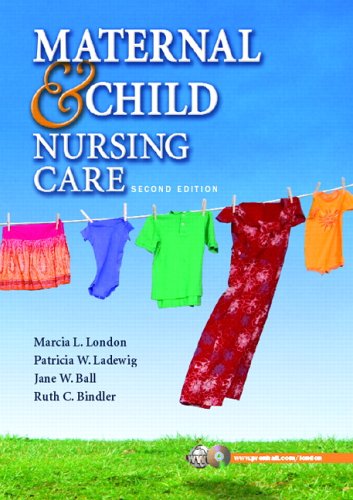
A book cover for Maternal & Child Nursing Care (2nd Edition); Marcia L. London; Medical Books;